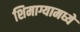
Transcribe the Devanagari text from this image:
शिमाग्यामध्ये